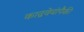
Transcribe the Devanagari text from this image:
काद्रवेयांपैकी